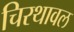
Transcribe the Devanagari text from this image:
चिरथावल